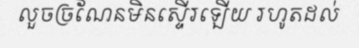
លួចច្រណែនមិនស្ទើរឡើយ រហូតដល់